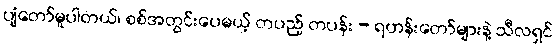
ပျံတော်မူပါတယ်၊ စစ်အတွင်းပေမယ့် တပည့် တပန်း - ရဟန်းတော်များနဲ့ သီလရှင်